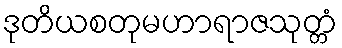
ဒုတိယစတုမဟာရာဇသုတ္တံ